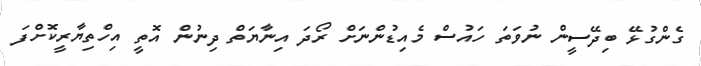
ގެންގުޅޭ ބިދޭސީން ނުވަތަ ހައުސް މެއިޑުންނަށް ރޯދަ އިނާޔަތް ދިނުން އޮތީ އިހްތިޔާރީކޮށްފަ